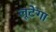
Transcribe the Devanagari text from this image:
लूटेगा